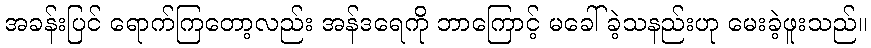
အခန်းပြင် ရောက်ကြတော့လည်း အန်ဒရေကို ဘာကြောင့် မခေါ်ခဲ့သနည်းဟု မေးခဲ့ဖူးသည်။